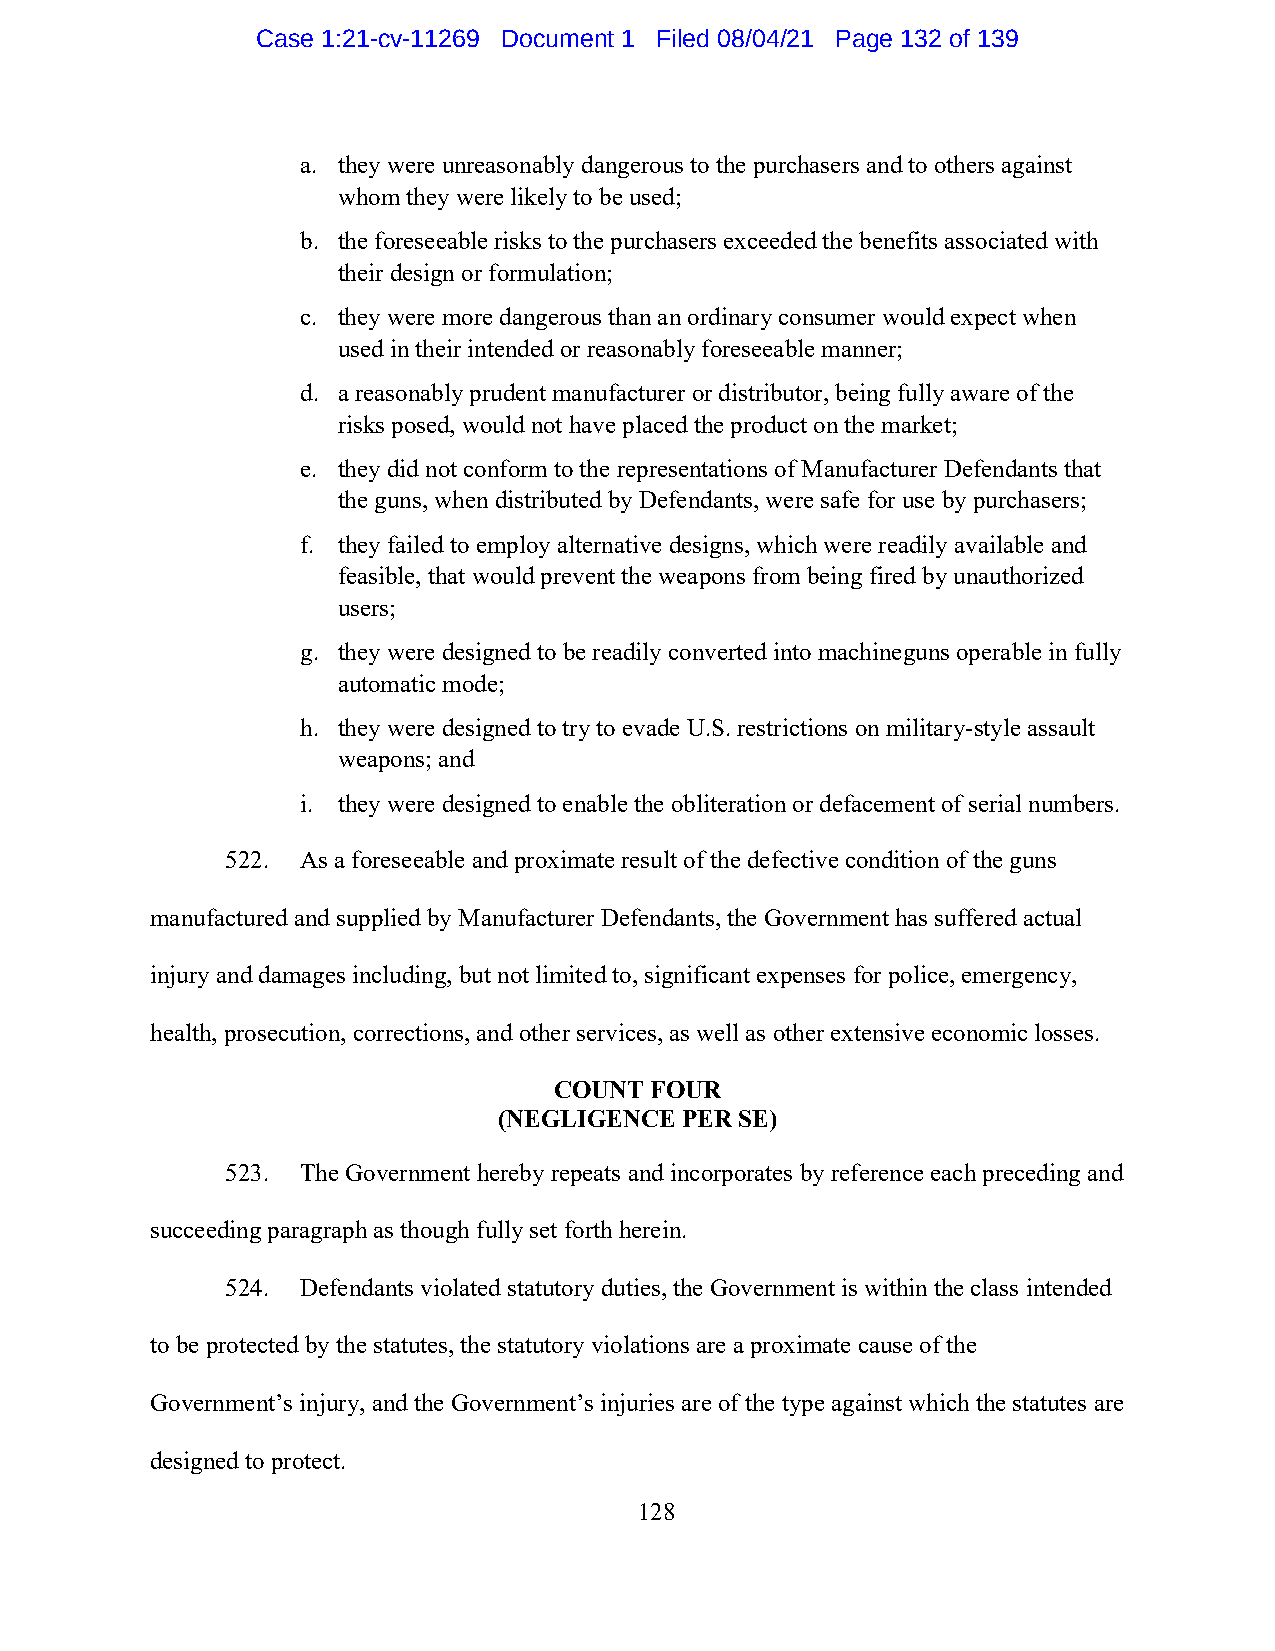
Case 1:21-cv-11269 Document 1 Filed 08/04/21 Page 132 of 139
 a. they were unreasonably dangerous to the purchasers and to others against
 whom they were likely to be used;
 b. the foreseeable risks to the purchasers exceeded the benefits associated with
 their design or formulation;
 c. they were more dangerous than an ordinary consumer would expect when
 used in their intended or reasonably foreseeable manner;
 d. a reasonably prudent manufacturer or distributor, being fully aware of the
 risks posed, would not have placed the product on the market;
 e. they did not conform to the representations of Manufacturer Defendants that
 the guns, when distributed by Defendants, were safe for use by purchasers;
 f. they failed to employ alternative designs, which were readily available and
 feasible, that would prevent the weapons from being fired by unauthorized
 users;
 g. they were designed to be readily converted into machineguns operable in fully
 automatic mode;
 h. they were designed to try to evade U.S. restrictions on military-style assault
 weapons; and
 i. they were designed to enable the obliteration or defacement of serial numbers.
 522. As a foreseeable and proximate result of the defective condition of the guns
 manufactured and supplied by Manufacturer Defendants, the Government has suffered actual
 injury and damages including, but not limited to, significant expenses for police, emergency,
 health, prosecution, corrections, and other services, as well as other extensive economic losses.
 COUNT FOUR
 (NEGLIGENCE PER SE)
 523. The Government hereby repeats and incorporates by reference each preceding and
 succeeding paragraph as though fully set forth herein.
 524. Defendants violated statutory duties, the Government is within the class intended
 to be protected by the statutes, the statutory violations are a proximate cause of the
 Government’s injury, and the Government’s injuries are of the type against which the statutes are
 designed to protect.
 128